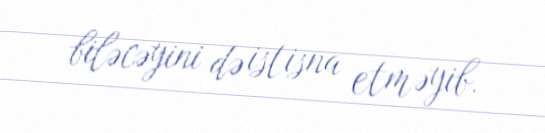
biləcəyini də istisna etməyib.